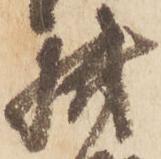
機